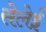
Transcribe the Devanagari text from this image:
सेलेई